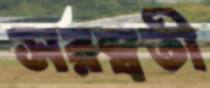
সরস্বতী